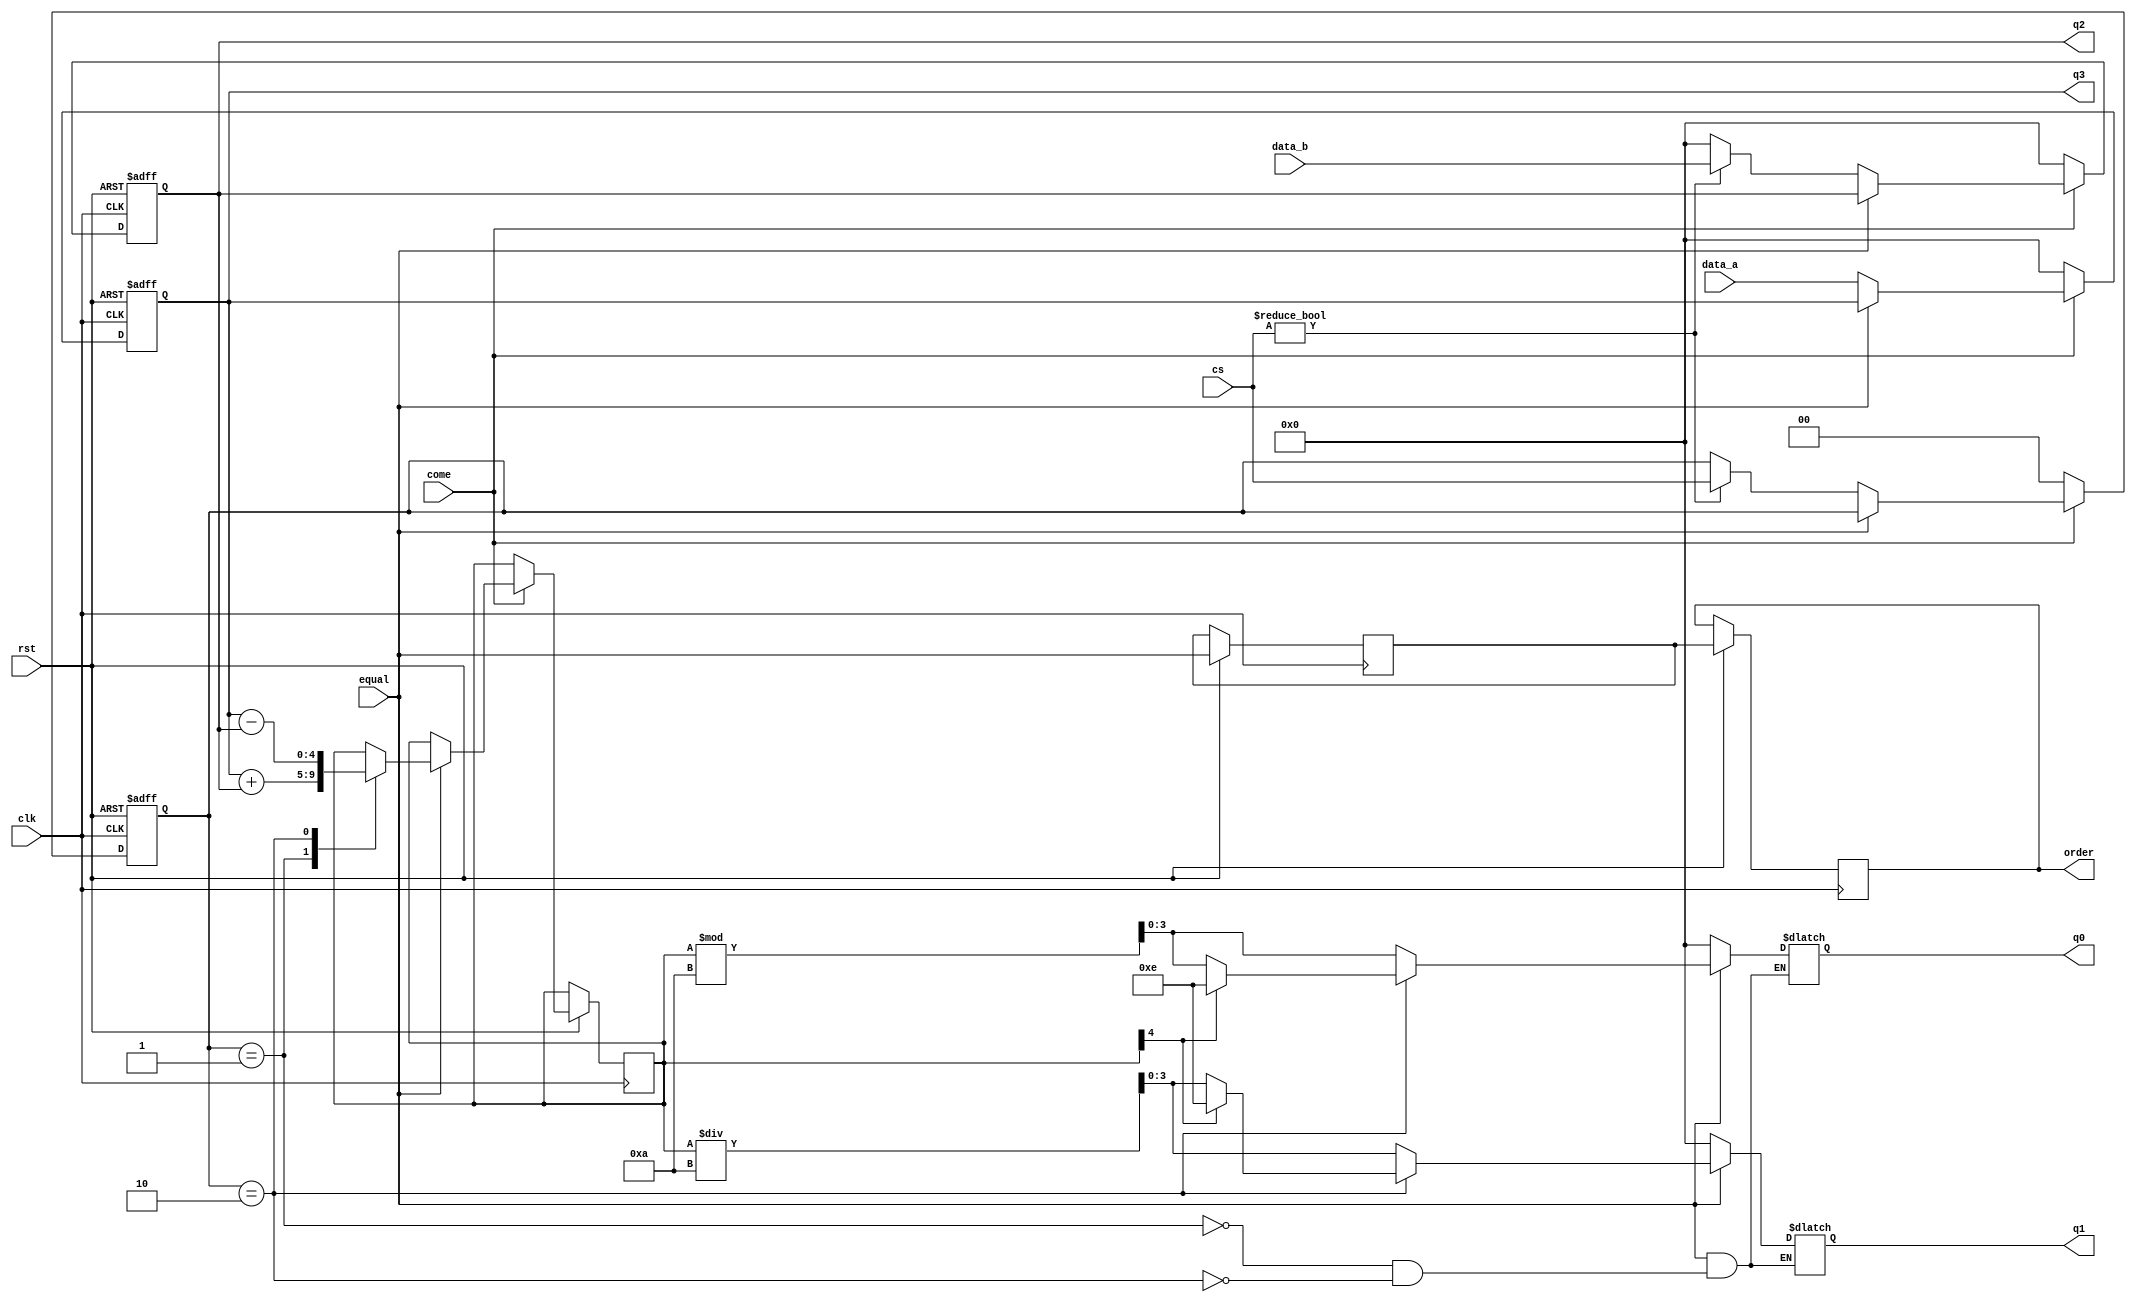
module deal
(
  input clk,
  input rst,
  input [3:0]data_a,
  input come,
  input [3:0]data_b,
  input [1:0]cs,
  input equal,
  
  output reg order,
  output reg[3:0]q3,
  output reg[3:0]q2,
  output reg[3:0]q1,
  output reg[3:0]q0
);

  reg [3:0]r_a;
  reg [3:0]r_b;
  reg [1:0]r_cs;
  reg [4:0]result;
  reg a;
  
always @(posedge clk or negedge rst)
  begin
    if(!rst)
	    begin
		   r_a<=0; r_b<=0; r_cs<=0;
		 end
	 else begin
		 	  {order,a}<={a,equal};
		 if (!come)
			begin
			  r_a<=0;
			  r_b<=0;
			  r_cs<=0;
			end
		 else if(!equal)
		   begin
			  r_a<=data_a;
			  if (cs!=0)
              begin 
				     r_b<=data_b;
					  r_cs<=cs;
				  end
			  else r_b<=0;
			end
		else
		   begin			
           case(r_cs)
	        1: begin 
	             result<=r_a+r_b;
		        end
	        2: begin
	             result<=r_a-r_b;
				  end
	        default:
	          begin
		         result<=result;
		       end
	       endcase
	     end
	  end
  end
  
always @(*)  begin
    q3<=r_a;
    q2<=r_b;
  if (!equal) 
    begin
      q1<=0;
      q0<=0;
	 end
  else 
    case(r_cs)
	 1:begin
	     q1<=result/10;
		  q0<=result%10;
		end
	 2:begin
	     if(result[4]==1)
		     begin q1<=14;q0<=14;end
		  else
	        begin 
	          q1<=result/10;
		       q0<=result%10;
           end	
      end
    endcase
end	 
  
 
  
endmodule